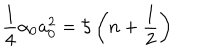
\frac { 1 } { 4 } \alpha _ { 0 } a _ { 0 } ^ { 2 } = \hbar \left( n + \frac { 1 } { 2 } \right)